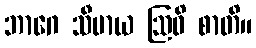
ဘာဂေ သီမာယ ဩဓိ စာတိ။